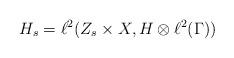
LaTeX: \begin{align*}H_s=\ell^2(Z_s\times X,H\otimes \ell^2(\Gamma))\end{align*}